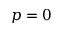
p = 0